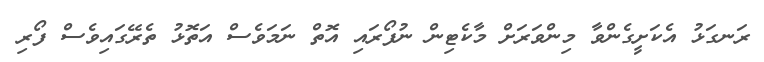
ރަނގަޅު އެކަށީގެންވާ މިންވަރަށް މާކެޓިން ނުފޯރައި އޮތް ނަމަވެސް އަތޮޅު ތެރޭގައިވެސް ފޯރި